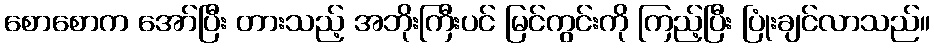
စောစောက အော်ပြီး တားသည့် အဘိုးကြီးပင် မြင်ကွင်းကို ကြည့်ပြီး ပြုံးချင်လာသည်။